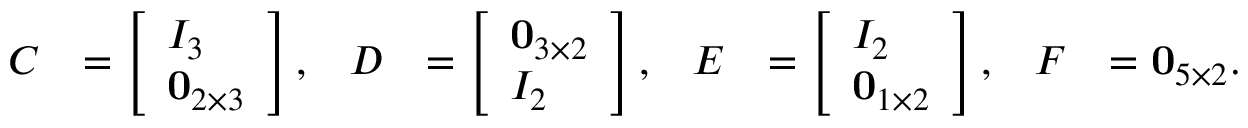
\begin{array} { r l r l r l r l } { C } & { = \left[ \begin{array} { l } { I _ { 3 } } \\ { \mathbf { 0 } _ { 2 \times 3 } } \end{array} \right] , } & { D } & { = \left[ \begin{array} { l } { \mathbf { 0 } _ { 3 \times 2 } } \\ { I _ { 2 } } \end{array} \right] , } & { E } & { = \left[ \begin{array} { l } { I _ { 2 } } \\ { \mathbf { 0 } _ { 1 \times 2 } } \end{array} \right] , } & { F } & { = \mathbf { 0 } _ { 5 \times 2 } . } \end{array}